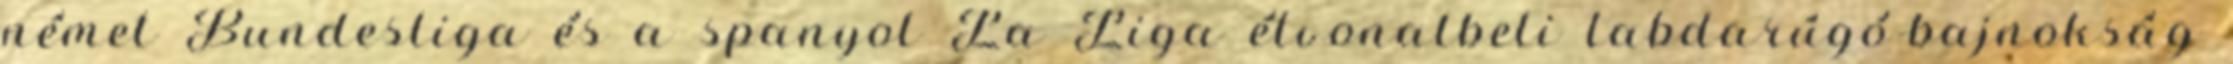
német Bundesliga és a spanyol La Liga élvonalbeli labdarúgó-bajnokság